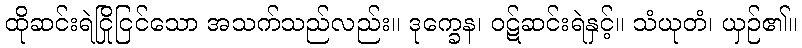
ထိုဆင်းရဲငြိုငြင်သော အသက်သည်လည်း။ ဒုက္ခေန၊ ဝဋ်ဆင်းရဲနှင့်။ သံယုတံ၊ ယှဉ်၏။